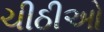
ચીઠીઓ